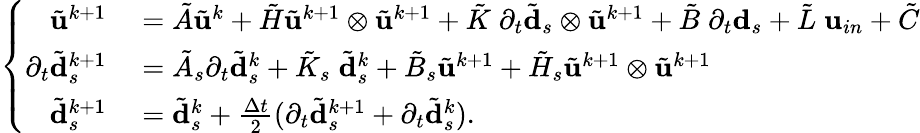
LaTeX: \left\{ \begin{array}{ll}{\begin{array}{rl}{\tilde{\mathbf{u}}^{k+1}}&{{}=\tilde{A}\tilde{\mathbf{u}}^{k}+\tilde{H}\tilde{\mathbf{u}}^{k+1}\otimes\tilde{\mathbf{u}}^{k+1}+\tilde{K}\; \partial_{t}\tilde{\mathbf{d}}_{s}\otimes\tilde{\mathbf{u}}^{k+1}+\tilde{B}\; \partial_{t}\mathbf{d}_{s}+\tilde{L}\; \mathbf{u}_{in}+\tilde{C}}\\ {\partial_{t}\tilde{\mathbf{d}}_{s}^{k+1}}&{{}=\tilde{A}_{s}\partial_{t}\tilde{\mathbf{d}}_{s}^{k}+\tilde{K}_{s}\; \tilde{\mathbf{d}}_{s}^{k}+\tilde{B}_{s}\tilde{\mathbf{u}}^{k+1}+\tilde{H}_{s}\tilde{\mathbf{u}}^{k+1}\otimes\tilde{\mathbf{u}}^{k+1}}\\ {\tilde{\mathbf{d}}_{s}^{k+1}}&{{}=\tilde{\mathbf{d}}_{s}^{k}+\frac{\Delta t}{2}(\partial_{t}\tilde{\mathbf{d}}_{s}^{k+1}+\partial_{t}\tilde{\mathbf{d}}_{s}^{k}).}\end{array}}\end{array}\right.